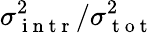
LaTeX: \sigma_{\mathrm{~i~n~t~r~}}^{2}/\sigma_{\mathrm{~t~o~t~}}^{2}